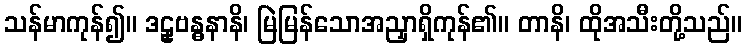
သန်မာကုန်၍။ ဒဠှဗန္ဓနာနိ၊ မြဲမြန်သောအညှာရှိကုန်၏။ တာနိ၊ ထိုအသီးတို့သည်။